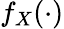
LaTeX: f_{X}(\cdot)